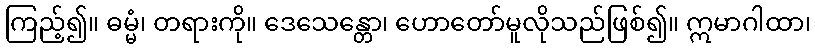
ကြည့်၍။ ဓမ္မံ၊ တရားကို။ ဒေသေန္တော၊ ဟောတော်မူလိုသည်ဖြစ်၍။ ဣမာဂါထာ၊